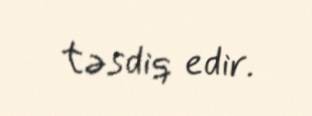
təsdiq edir.